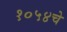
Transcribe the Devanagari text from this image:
१०५४चे